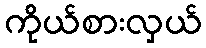
ကိုယ်စားလှယ်